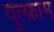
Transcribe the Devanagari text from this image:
वुल्फ्राम